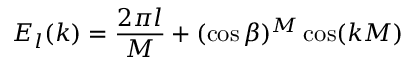
E _ { l } ( k ) = \frac { 2 \pi l } { M } + ( \cos \beta ) ^ { M } \cos ( k M )